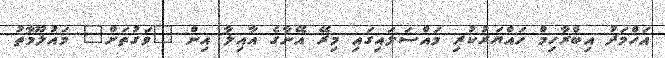
އަހްމަދު އިބްރާހިމް ހައްޔަރުކުރި މައްސަލައިގައި މިރޭ އޭނާގެ އާއިލާ އިން "ވަގުތަށް" މައުލޫމާތު